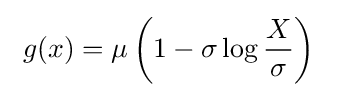
\ g(x)=\mu \left(1-\sigma \log {\frac {X}{\sigma }}\right)\